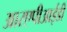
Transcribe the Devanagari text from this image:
आरएपीआईडी